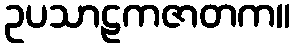
ဥပသာဠကဇာတက။